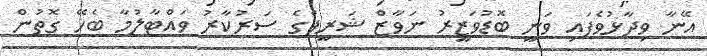
އޭނާ ވިދާޅުވެފައި ވަނީ ބޮޑުވަޒީރު ނަވާޒް ޝަރީފްގެ ސަރުކާރު ވައްޓާލުމާ ބެހޭ ގޮތުން